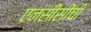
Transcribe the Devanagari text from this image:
एनसीसीची